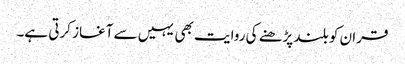
قران کو بلند پڑھنے کی روایت بھی یہیں سے آغاز کرتی ہے۔